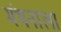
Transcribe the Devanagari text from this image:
मंथनाला